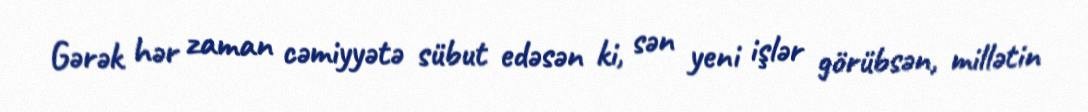
Gərək hər zaman cəmiyyətə sübut edəsən ki, sən yeni işlər görübsən, millətin